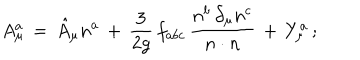
LaTeX: A _ { \mu } ^ { a } \, = \, \hat { A } _ { \mu } n ^ { a } \, + \, \frac { 3 } { 2 g } \, f _ { a b c } \, \frac { n ^ { b } \, \partial _ { \mu } n ^ { c } } { n \cdot n } \, + \, Y _ { \mu } ^ { a } \, ;